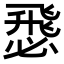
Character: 𢞵